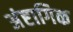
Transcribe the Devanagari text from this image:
अंष्टागिक